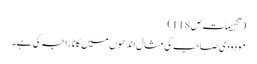
( تفہیمات ص 118)
مودودی صاحب کی مثال اندھوں میں کانا راجہ کی ہے۔